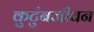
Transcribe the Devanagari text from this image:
कुटुंबजीवन